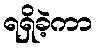
ရရှိခဲ့ကာ